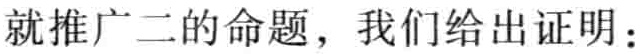
就推广二的命题，我们给出证明：